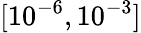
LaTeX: [10^{-6},10^{-3}]